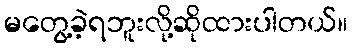
မတွေ့ခဲ့ရဘူးလို့ဆိုထားပါတယ်။